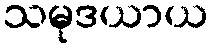
သမုဒယာယ